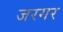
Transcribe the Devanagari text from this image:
जरगर